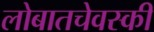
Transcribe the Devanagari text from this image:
लोबातचेवस्की